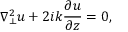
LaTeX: \nabla _ { \perp } ^ { 2 } u + 2 i k { \frac { \partial u } { \partial z } } = 0 ,